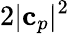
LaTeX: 2|\mathbf{c}_{p}|^{2}